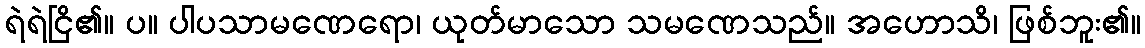
ရဲရဲငြိ၏။ ပ။ ပါပသာမဏေရော၊ ယုတ်မာသော သမဏေသည်။ အဟောသိ၊ ဖြစ်ဘူး၏။